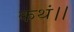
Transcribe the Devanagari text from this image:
कथं।।